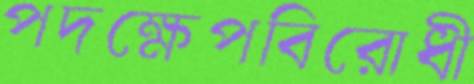
পদক্ষেপবিরোধী